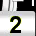
Digit: 2